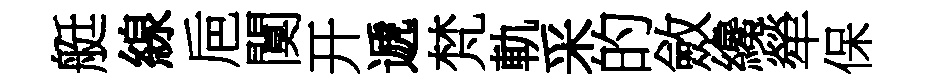
艇線巵闃开遞梵軌采的斂纔犖保